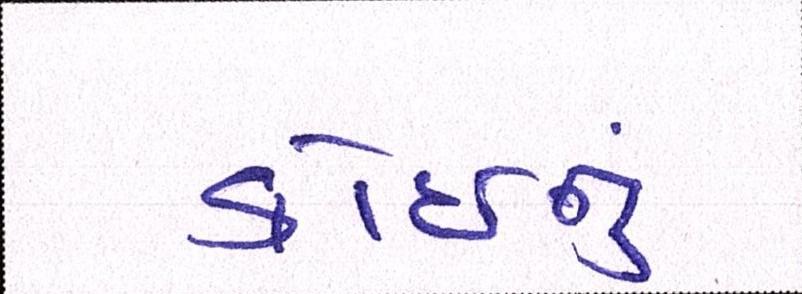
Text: કોઈનું